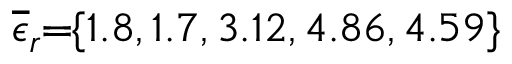
\! \! \! \! \! \! \! \! \! \! \! \! \! \! \! \! \! \! \! \! \! \! \! \! \! \! \! \overline { { \epsilon } } _ { r } \! \! = \! \! \{ 1 . 8 , 1 . 7 , 3 . 1 2 , 4 . 8 6 , 4 . 5 9 \} \! \! \!